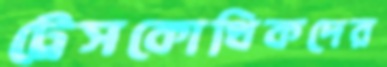
ট্রেসকোথিকদের